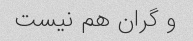
و گران هم نیست